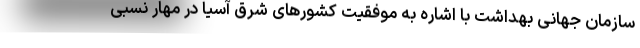
سازمان جهانی بهداشت با اشاره به موفقیت کشورهای شرق آسیا در مهار نسبی